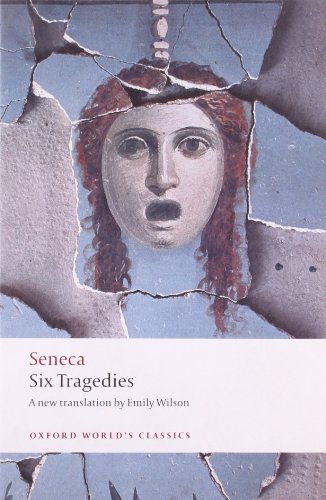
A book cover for Six Tragedies (Oxford World's Classics); Seneca; Literature & Fiction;